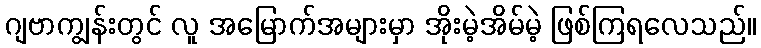
ဂျဗာကျွန်းတွင် လူ အမြောက်အများမှာ အိုးမဲ့အိမ်မဲ့ ဖြစ်ကြရလေသည်။